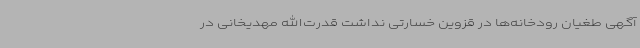
آگهی طغیان رودخانه‌ها در قزوین خسارتی نداشت قدرت‌الله مهدیخانی در